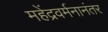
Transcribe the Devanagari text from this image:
महेंद्रवर्मनानंतर